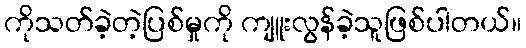
ကိုသတ်ခဲ့တဲ့ပြစ်မှုကို ကျူးလွန်ခဲ့သူဖြစ်ပါတယ်။